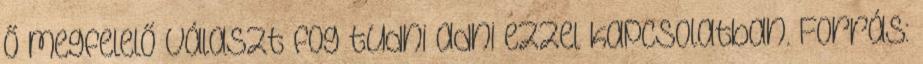
Ő megfelelő választ fog tudni adni ezzel kapcsolatban. Forrás: